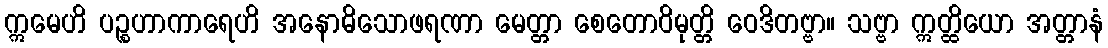
ဣမေဟိ ပဉ္စဟာကာရေဟိ အနောဓိသောဖရဏာ မေတ္တာ စေတောဝိမုတ္တိ ဝေဒိတဗ္ဗာ။ သဗ္ဗာ ဣတ္ထိယော အတ္တာနံ